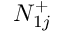
N _ { 1 j } ^ { + }